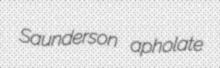
Saunderson apholate